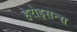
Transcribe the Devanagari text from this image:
हेरोइसन्स